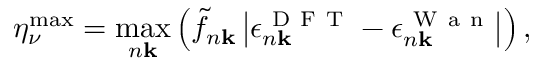
\eta _ { \nu } ^ { \operatorname* { m a x } } = \operatorname* { m a x } _ { n \mathbf { k } } \left( \tilde { f } _ { n \mathbf { k } } \left| \epsilon _ { n \mathbf { k } } ^ { \mathrm { ~ D ~ F ~ T ~ } } - \epsilon _ { n \mathbf { k } } ^ { \mathrm { ~ W ~ a ~ n ~ } } \right| \right) ,